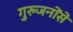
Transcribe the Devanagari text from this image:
गुरुजनोंसे